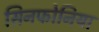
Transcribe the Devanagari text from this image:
सिनफोनिया